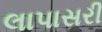
લાપાસરી